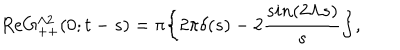
LaTeX: R e G _ { + + } ^ { \Lambda 2 } ( 0 ; t - s ) = \pi \bigg \{ 2 \pi \delta ( s ) - 2 { \frac { s i n ( 2 \Lambda s ) } { s } } \bigg \} ,